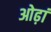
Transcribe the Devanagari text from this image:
ओढ़ां